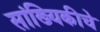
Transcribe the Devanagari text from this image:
सांख्यिकीचे